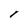
Character: l